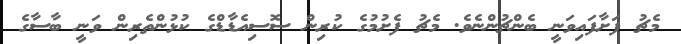
މެޗު ފަށާފައިވަނީ ބެންޗުންނެވެ. މެޗު ފެށުމުގެ ކުރިން ސޮސިއެޑާޑްގެ ކުޅުންތެރިން ވަނީ ބާސާގެ